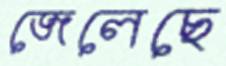
জেলেছে